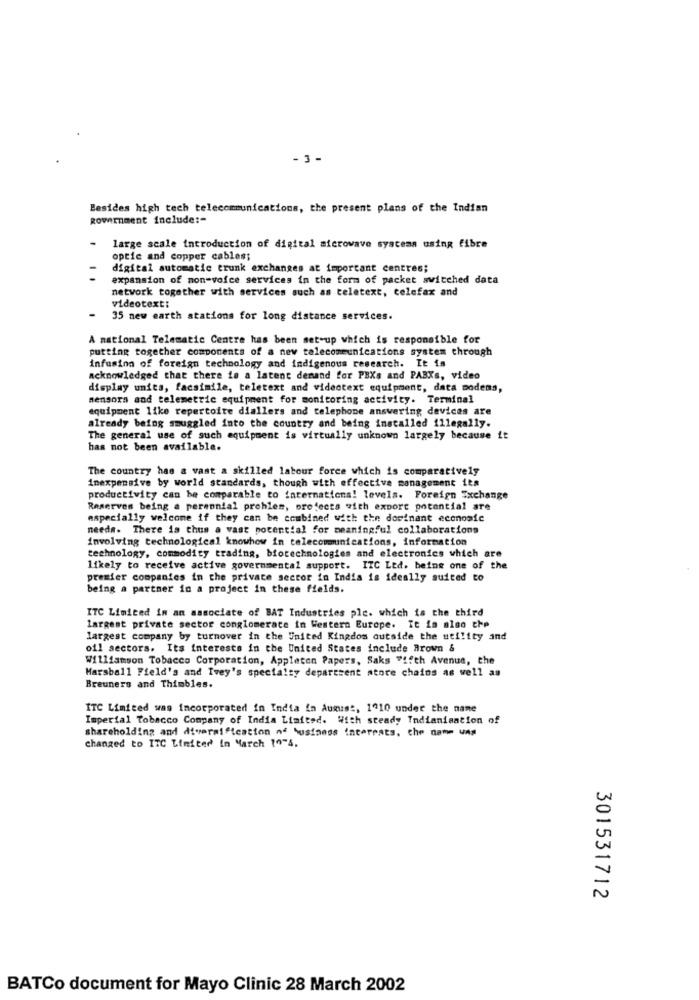
- 3 -
Besides high tech telecommunications, the present plans of the Indian
Rowernment include:"
large scale introduction of digital microwave systems using fibre
optic and copper cables;
digital automatic trunk exchanges at important centres;
expansion of non-voice services in the form of packet switched data
network together with services such as teletext, celefax and
videotext:
35 new earth stations for long distance services.
A national Telematic Centre has been set-up which is responsible for
putting together components of a new telecommunications system through
infusion of foreign technology and indigenous research. It is
acknowledged that there is a latent demand for PBXs and PABXs, video
display units, facsimile, teletext and videotext equipment, data modems,
mensora and telemetric equipment for monitoring activity. Terminal
equipment like repertoire diallers and telephone answering devices are
already being smuggled into the country and being installed illegally.
The general use of such equipment is virtually unknown largely because it
has not been available.
The country has a vast a skilled labour force which is comparatively
inexpensive by world standards, though with effective management its
productivity can be comparable to international levels. Foreign Exchange
Reserves being a perennial problem, orefects with export potential are
especially welcome if they can be combined with the dominant economic
needs. There is thus a vast potential for meaningful collaborations
involving technological knowhow in telecommunications, information
technology, commodity trading, biotechnologies and electronics which are
likely to receive active governmental support. ITC Ltd. being one of the
premier companies in the private sector in India is ideally suited to
being a partner in a project in these fields.
ITC Limited in an associate of BAT Industries ple. which is the third
largest private sector conglomerace in Western Europe. It is also che
largest company by turnover in the United Kingdom outside the utility and
oil sectors. Its interests in the United States include Brown &
Williamson Tobacco Corporation, Appleton Papers, Saks "ifth Avenue, the
Marsball Field's and Ivey's specialty department store chains as well as
Breuners and Thimbles.
ITC Limited was incorporated in India in Aumist, 1910 under the name
Imperial Tobacco Company of India Limited. With steady Indianisation of
shareholding and diversification of business interests, the name was
changed to ITC Limited in March 10-4.
301531712
BATCo document for Mayo Clinic 28 March 2002